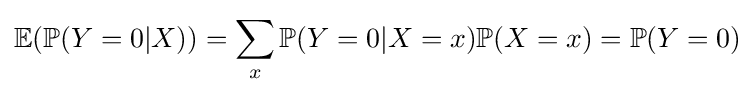
\mathbb {E} (\mathbb {P} (Y=0|X))=\sum _{x}\mathbb {P} (Y=0|X=x)\mathbb {P} (X=x)=\mathbb {P} (Y=0)